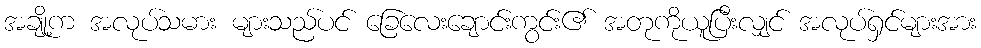
အချို့က အလုပ်သမား များသည်ပင် ခြေလေးချောင်းကွင်း၏ အတုကိုယူပြီးလျှင် အလုပ်ရှင်များအား